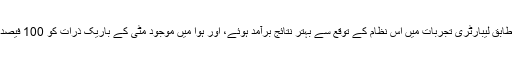
وین ارسیم کے مطابق لیبارٹری تجربات میں اس نظام کے توقع سے بہتر نتائج برآمد ہوئے، اور ہوا میں موجود مٹی کے باریک ذرات کو 100 فیصد علیحدہ کرلیا گیا۔